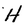
Character: H